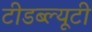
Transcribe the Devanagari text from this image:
टीडब्ल्यूटी